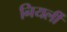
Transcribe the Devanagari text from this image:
नियर्ली